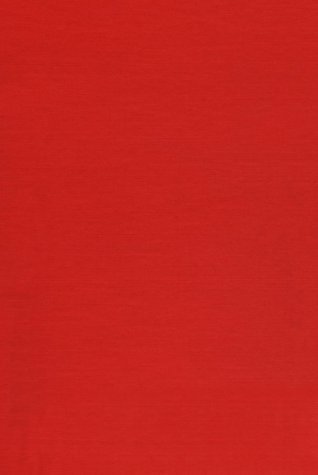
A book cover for Complex Predicates in Japanese: A Syntactic and Semantic Study of the Notion 'Word' (Center for the Study of Language and Information - Lecture Notes); Yo Matsumoto; Reference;